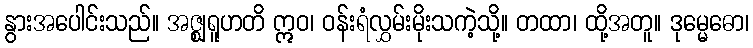
နွားအပေါင်းသည်။ အဇ္ဈရူဟတိ ဣဝ၊ ဝန်းရံလွှမ်းမိုးသကဲ့သို့။ တထာ၊ ထို့အတူ။ ဒုမ္မေဓော၊